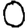
Digit: 0